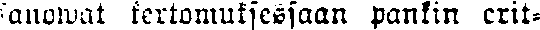
sanoawt kertomuksessaan pankin erit-